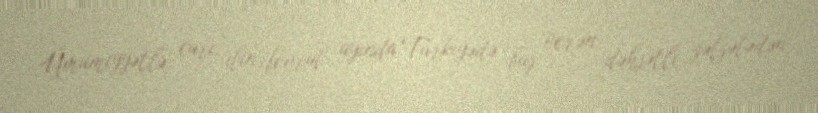
Ümumiyyətlə, cari ilin fevral ayında Türkiyədə baş verən dəhşətli zəlzələdən